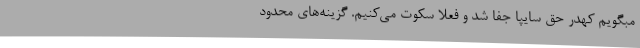
مبگویم کهدر حق سایپا جفا شد و فعلا سکوت می‌کنیم. گزینه‌های محدود